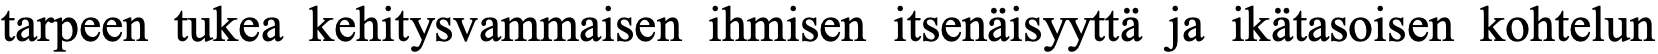
tarpeen tukea kehitysvammaisen ihmisen itsenäisyyttä ja ikätasoisen kohtelun